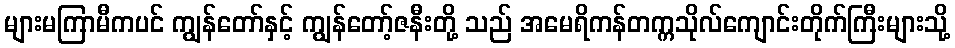
များမကြာမီကပင် ကျွန်တော်နှင့် ကျွန်တော့်ဇနီးတို့ သည် အမေရိကန်တက္ကသိုလ်ကျောင်းတိုက်ကြီးများသို့